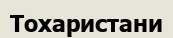
Тохаристани